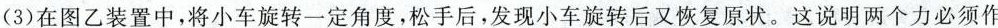
(3)在图乙装置中，将小车旋转一定角度，松手后，发现小车旋转后又恢复原状。这说明两个力必须作